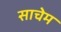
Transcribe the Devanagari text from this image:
साचेम